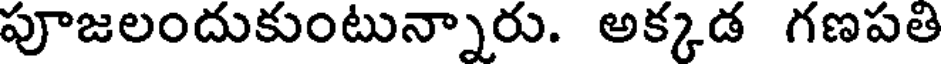
పూజలందుకుంటున్నారు. అక్కడ గణపతి